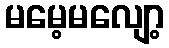
မမေ့မလျော့